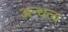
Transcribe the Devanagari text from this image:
अन्धत्व